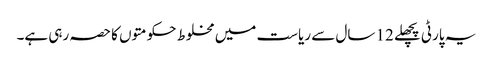
یہ پارٹی پچھلے 12 سال سے ریاست میں مخلوط حکومتوں کا حصہ رہی ہے۔